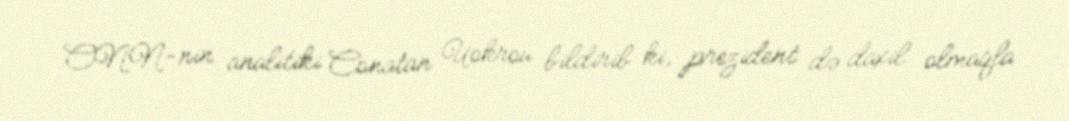
CNN-nin analitiki Conatan Uokrou bildirib ki, prezident də daxil olmaqla